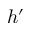
h ^ { \prime }